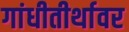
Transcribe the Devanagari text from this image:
गांधीतीर्थावर